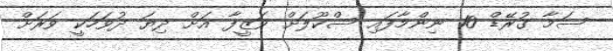
ސަމާ ގުރޭޑް 10 ނިންމާފައި ސްކޫލަށް ވަޒީފާ އަށް ދިޔަ ދުވަހަކީ ވަރަށް